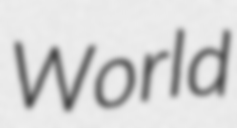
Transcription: World